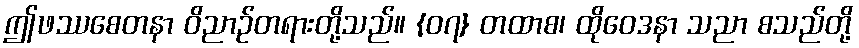
ဤဖဿစေတနာ ဝိညာဉ်တရားတို့သည်။ {၀၇} တထာစ၊ ထိုဝေဒနာ သညာ စသည်တို့